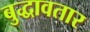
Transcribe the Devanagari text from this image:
बुद्धावतार